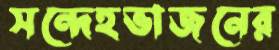
সন্দেহভাজনের